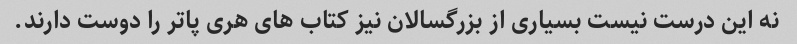
نه این درست نیست بسیاری از بزرگسالان نیز کتاب های هری پاتر را دوست دارند.